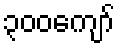
၃၀၀ကျော်